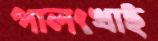
পালংখাই